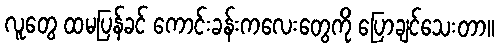
လူတွေ ထမပြန်ခင် ကောင်းခန်းကလေးတွေကို ပြောချင်သေးတာ။